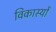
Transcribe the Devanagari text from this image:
विकास्यों